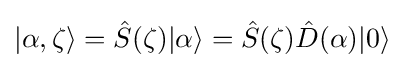
|\alpha ,\zeta \rangle ={\hat {S}}(\zeta )|\alpha \rangle ={\hat {S}}(\zeta ){\hat {D}}(\alpha )|0\rangle